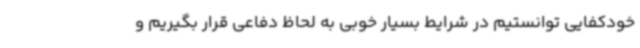
خودکفایی توانستیم در شرایط بسیار خوبی به لحاظ دفاعی قرار بگیریم و